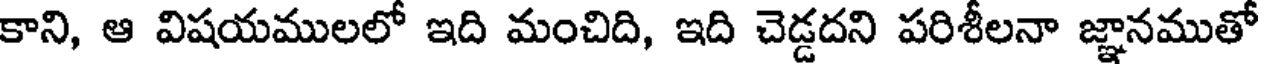
కాని, ఆ విషయములలో ఇది మంచిది, ఇది చెడ్డదని పరిశీలనా జ్ఞానముతో